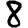
Digit: 8